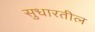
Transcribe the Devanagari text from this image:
सुधारतील